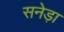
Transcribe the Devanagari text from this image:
सनेड़ा